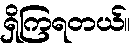
ရှိကြရတယ်။